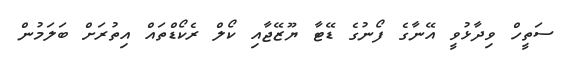
ސަތީހް ވިދާޅުވީ އޭނާގެ ފޯނުގެ ޑޭޓާ ޔޫޒޭޖާއި ކޯލް ރެކޯޑްތައް އިތުރަށް ބަލަމުން